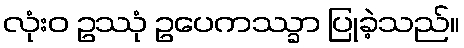
လုံးဝ ဥဿုံ ဥပေကဿ္ခာ ပြုခဲ့သည်။